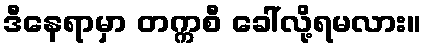
ဒီနေရာမှာ တက္ကစီ ခေါ်လို့ရမလား။